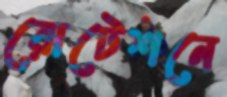
রোটেশনে